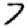
Digit: 7